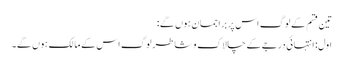
تین قسم کے لوگ اس پر براجمان ہوں گے:
اول: انتہائی درجے کے چالاک و شاطر لوگ اس کے مالک ہوں گے۔